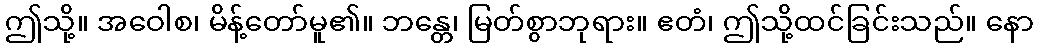
ဤသို့။ အဝေါစ၊ မိန့်တော်မူ၏။ ဘန္တေ၊ မြတ်စွာဘုရား။ ဧတံ၊ ဤသို့ထင်ခြင်းသည်။ နော